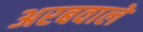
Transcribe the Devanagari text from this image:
अरबवाले